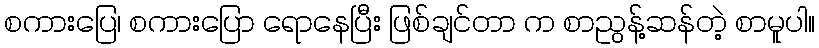
စကားပြေ၊ စကားပြော ရောနေပြီး ဖြစ်ချင်တာ က စာညွန့်ဆန်တဲ့ စာမူပါ။